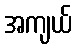
အကျယ်